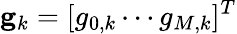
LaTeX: \mathbf{g}_{k}=[g_{0,k}\cdots g_{M,k}]^{T}